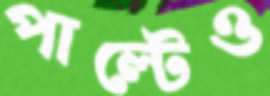
পাল্টেও